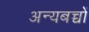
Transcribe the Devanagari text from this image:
अन्यबच्चों